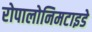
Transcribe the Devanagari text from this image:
रोपालोनिमटाइडे